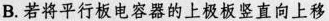
B. 若将平行板电容器的上极板竖直向上移